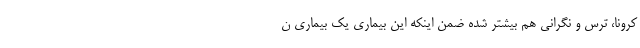
کرونا، ترس و نگرانی هم بیشتر شده ضمن اینکه این بیماری یک بیماری ن